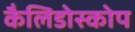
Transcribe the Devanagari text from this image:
कैलिडोस्कोप